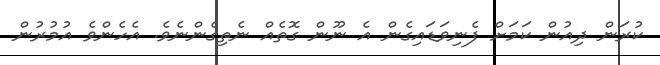
ކުރަން ދިއުން ކަމަށް ފެނިވަޑައިގެން އެ ނޫން ގޮތެއް ނެތިގެންނެވެ. އެހެންވެ އުމުރުން